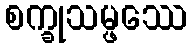
စက္ခုသမ္ဖဿေ